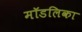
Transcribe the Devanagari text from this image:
मॉडलिका